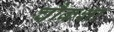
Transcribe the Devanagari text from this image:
चौकशा